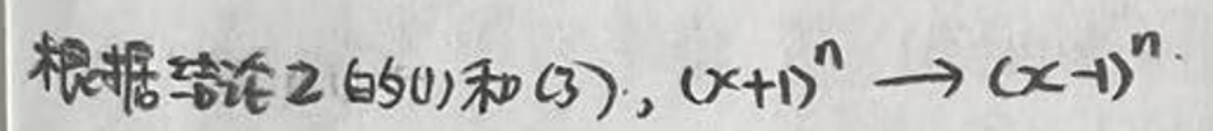
根据结论2的(1)和(3)，\((x + 1)^n \to (x - 1)^n\)。